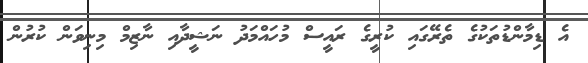
އެ ޑިމާންޑުތަކުގެ ތެރޭގައި ކުރީގެ ރައީސް މުހައްމަދު ނަޝީދާއި ނާޒިމް މިނިވަން ކުރުން